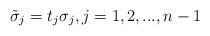
LaTeX: \begin{align*}\tilde{\sigma}_j=t_j\sigma_j, j=1,2,...,n-1\end{align*}